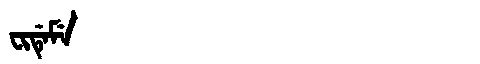
Manchu: ᠸᡳᡩᡝᠮᡝ
Romanization: FIDEME